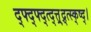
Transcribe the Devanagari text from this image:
द्फ्द्फ्द्त्द्त्त्र्द्र्त्स्क्ष्द्।